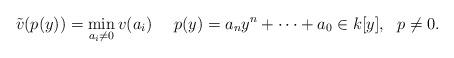
LaTeX: \begin{align*}\tilde{v}(p(y)) = \min_{a_i \neq 0} v(a_i) \ \ \ \ p(y) =a_n y^n + \cdots + a_0 \in k[y], \ \ p \neq 0.\end{align*}